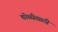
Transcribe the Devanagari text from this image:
चोळीसाठी